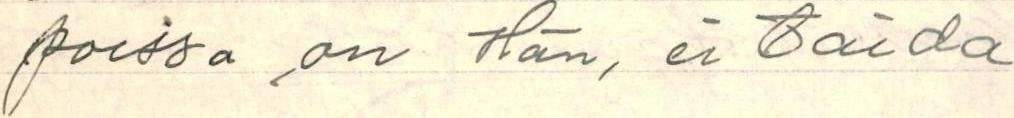
poissa on Hän, ei taida